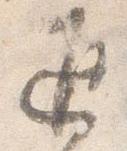
返